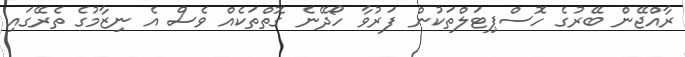
ރާއްޖޭން ބޭރުގެ ހޮސްޕިޓަލްތަކުން ފަރުވާ ހޯދޭނެ ގޮތްތަކެއް ވެސް އެ ނިޒާމުގެ ތެރޭގައި